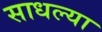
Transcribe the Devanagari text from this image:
साधल्या